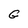
Character: G